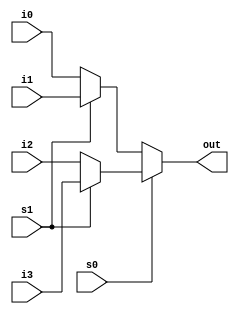
`timescale 1ns / 1ps
//////////////////////////////////////////////////////////////////////////////////
// Company: 
// Engineer: 
// 
// Design Name: 
// Module Name:    mux2 
// Project Name: 
// Target Devices: 
// Tool versions: 
// Description: 
//
// Dependencies: 
//
// Revision: 
// Revision 0.01 - File Created
// Additional Comments: 
//
//////////////////////////////////////////////////////////////////////////////////
module mux2(i0,i1,i2,i3,s0,s1,out
    );
	input i0,i1,i2,i3,s0,s1;
	output out;
	assign out= s0 ? (s1 ? (i3):(i2)):(s1 ? (i1):(i0));

endmodule